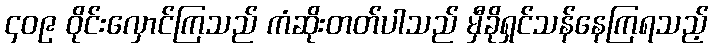
၄၀၉ ဝိုင်းလှောင်ကြသည် ကံဆိုးတတ်ပါသည် မှီခိုရှင်သန်နေကြရသည့်